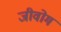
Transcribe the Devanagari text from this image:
जीवोम